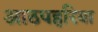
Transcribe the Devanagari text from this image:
आठपहरिया